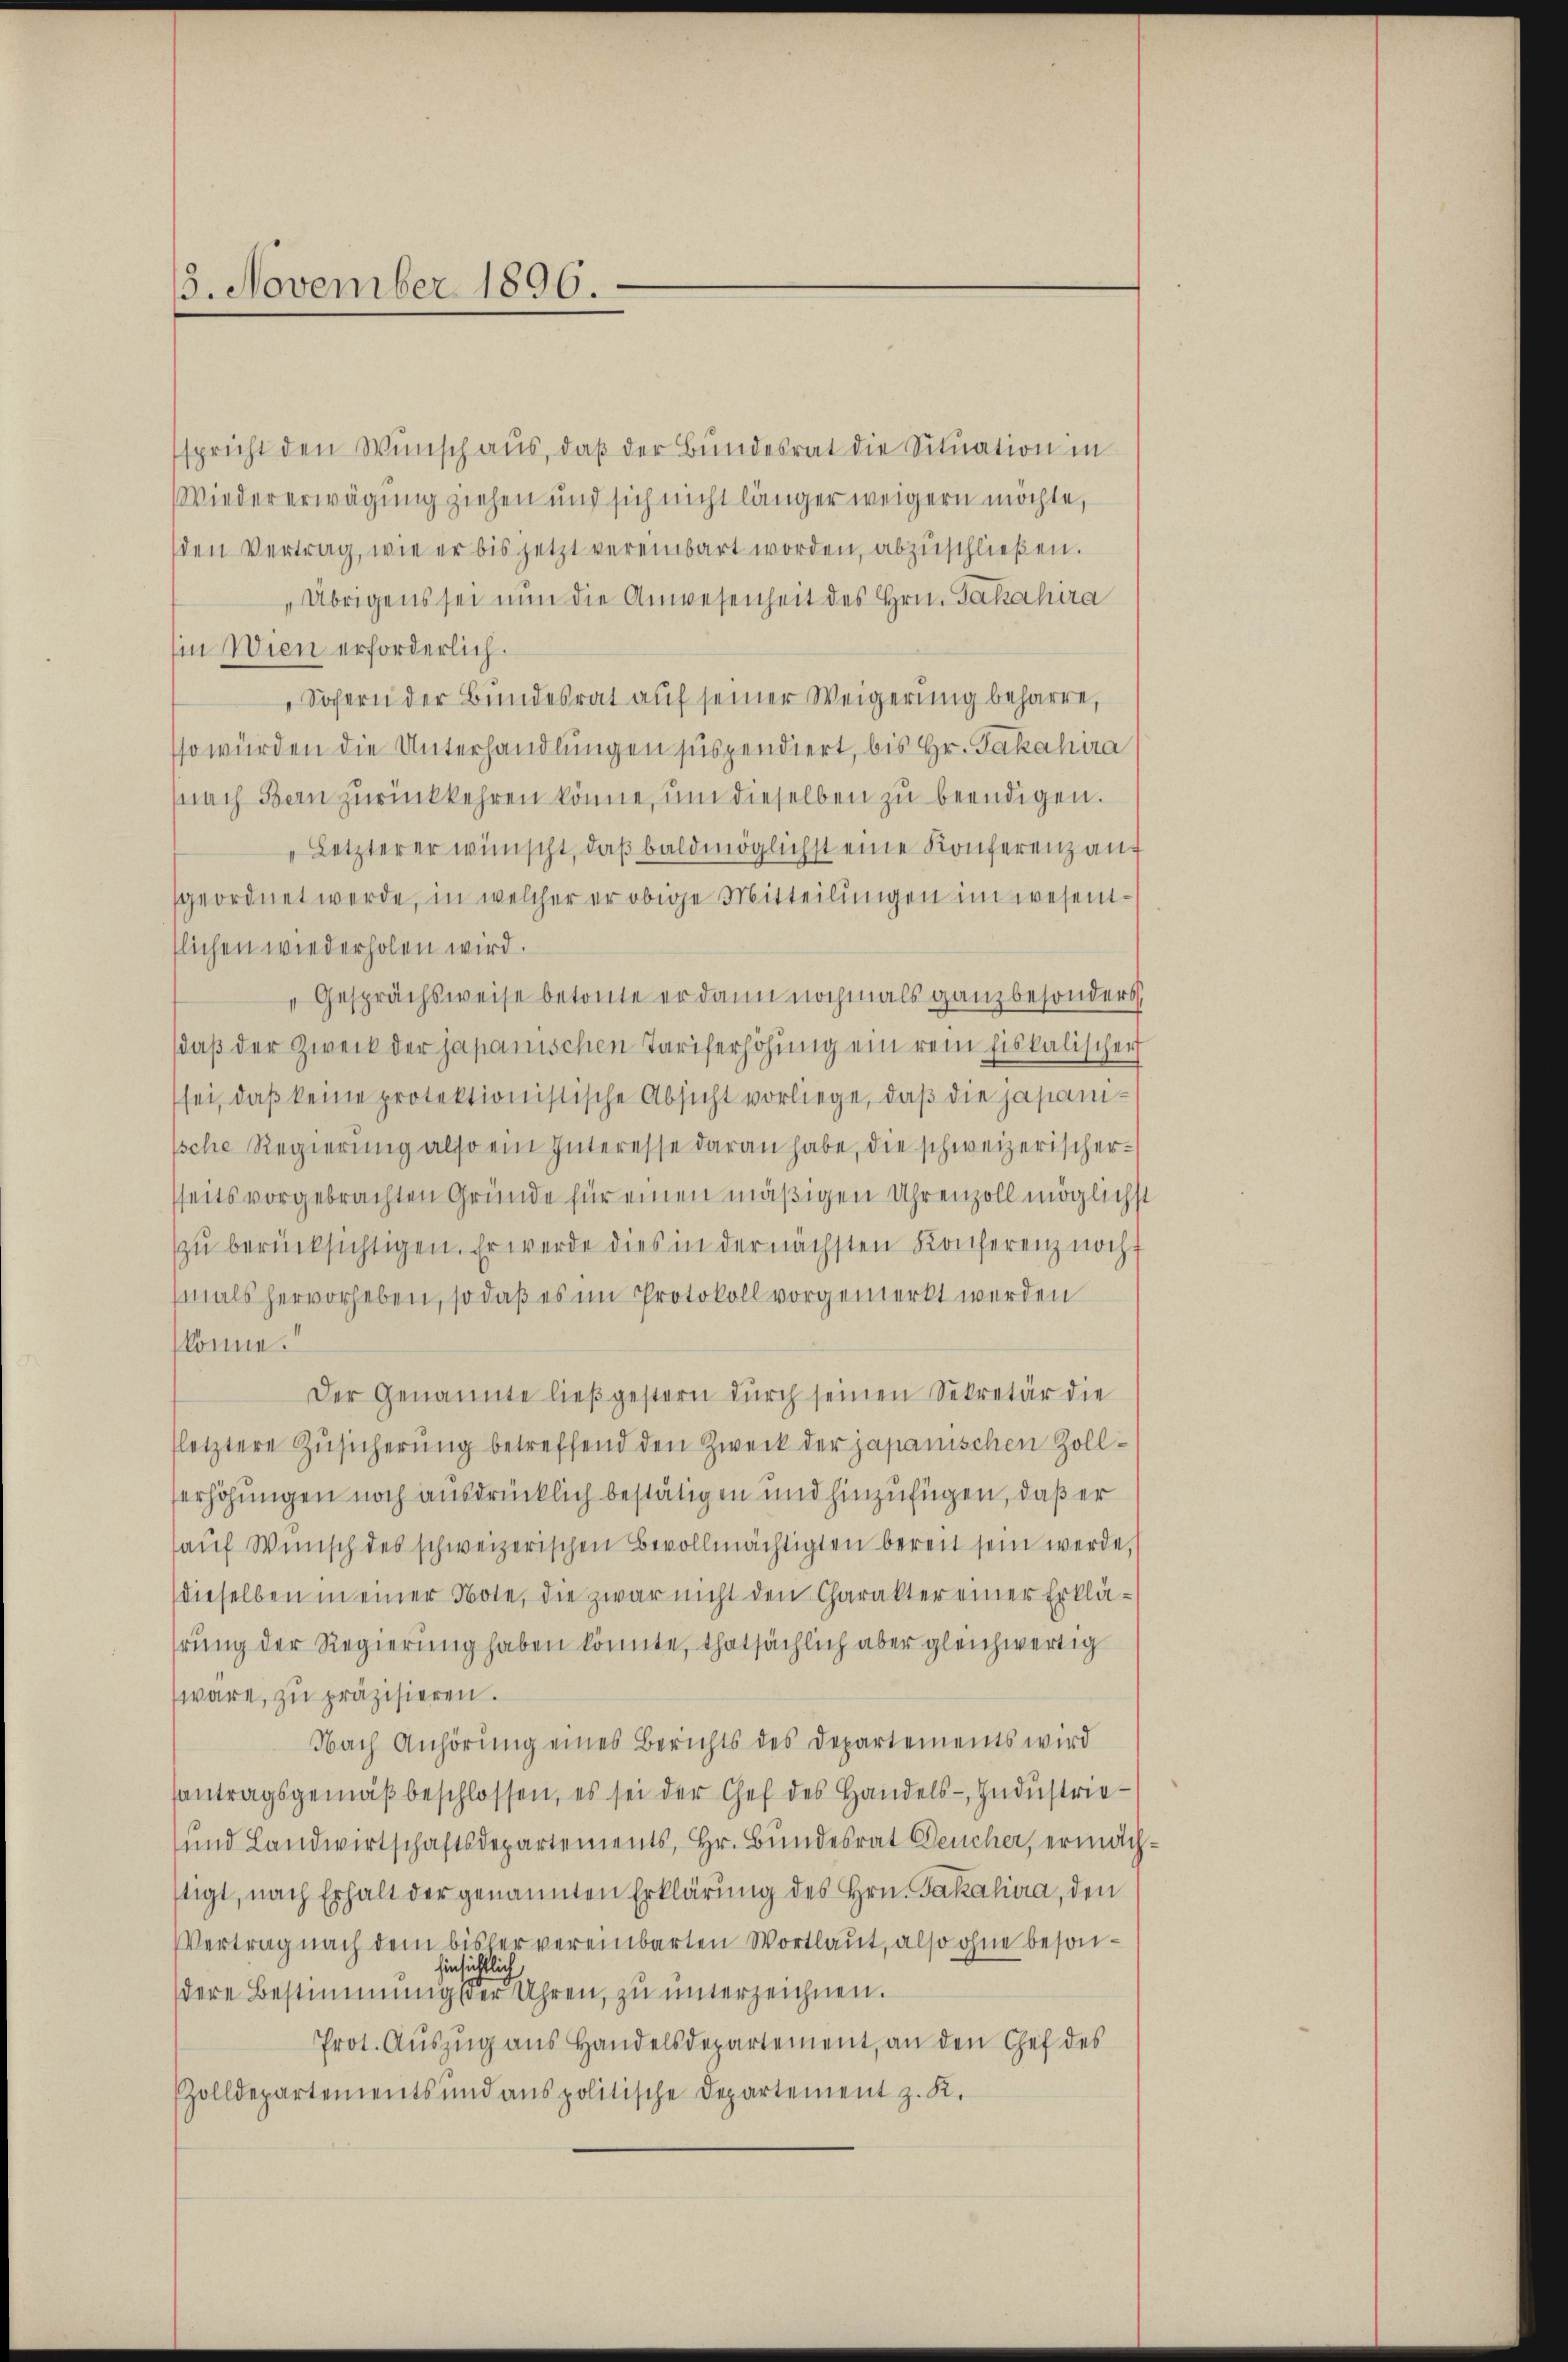
13. November 1896.

spricht den Wunsch aus, daß der Bundesrat die Situation in
Wiedererwägung ziehen und sich nicht länger weigern möchte,
den Vertrag, wie er bis jetzt vereinbart worden, abzuschließen.
"Übrigens sei nun die Anwesenheit des Hrn. Pakahira
Ein Wien erforderlich.
Sofern der Bundesrat auf seiner Weigerung beharre,
sso würden die Unterhandlungen suspendiert, bis Hr. Jakahia
(nach Bern zurückkehren könne, um dieselben zu beendigen.
„Letzterer wünscht, daβ baldmöglichst eine Konferenz auf
sgeordnet werde, in welcher er obige Mitteilungen im wesenflichen wiederholen wird.
Gesprächsweise betonte er dann nochmals ganz besonders
daß der Zweck der japanischen Tariferhöhung ein rein fiskalischer
sei, daß keine protektionistische Absicht vorliege, daβ die japaniische Regierŭng also ein Interesse daran habe, die schweizerischer-
sseits vorgebrachten Gründe für einen mäßigen Uhrenzoll möglichst
zu berücksichtigen. Er werde dies in der nächsten Konferenz noch
mals hervorheben, so daß es im Protokoll vorgemerkt werden
könne.
Der Genannte ließgestern dŭrch seinen Sekretär die
letztere Zŭsicherŭng betreffend den Zweck der japanischen Zollserhöhungen noch ausdrücklich bestätigen und hinzufügen, daß er
aŭf Wünsch des schweizerischen Bevollmächtigten bereit sein werde,
dieselben in einer Note, die zwar nicht den Charakter einer Erklährung der Regierung haben könnte, thatsächlich aber gleichwertig
wäre, zŭ präzisieren.
Nach Anhörŭng eines Berichts des Departements wird
antragsgemäβ beschlossen, es sei der Gef des Handels- Industrie¬
und Landwirtschaftsdepartements, Hr. Bŭndesrat Deucher, ermäch-
stigt, nach Erhalt der genannten Erklärung des Hrn. Jakahira, den
VVertrag nach dem bisher vereinbarten Wortlaut, also ohne besoninsichtlich
dere Bestimmung der Uhren, zu unterzeichnen.
Prot. Auszug aus Handelsdepartement, an den Chef des
ZZolldepartements und anspolitische Departement z. K.